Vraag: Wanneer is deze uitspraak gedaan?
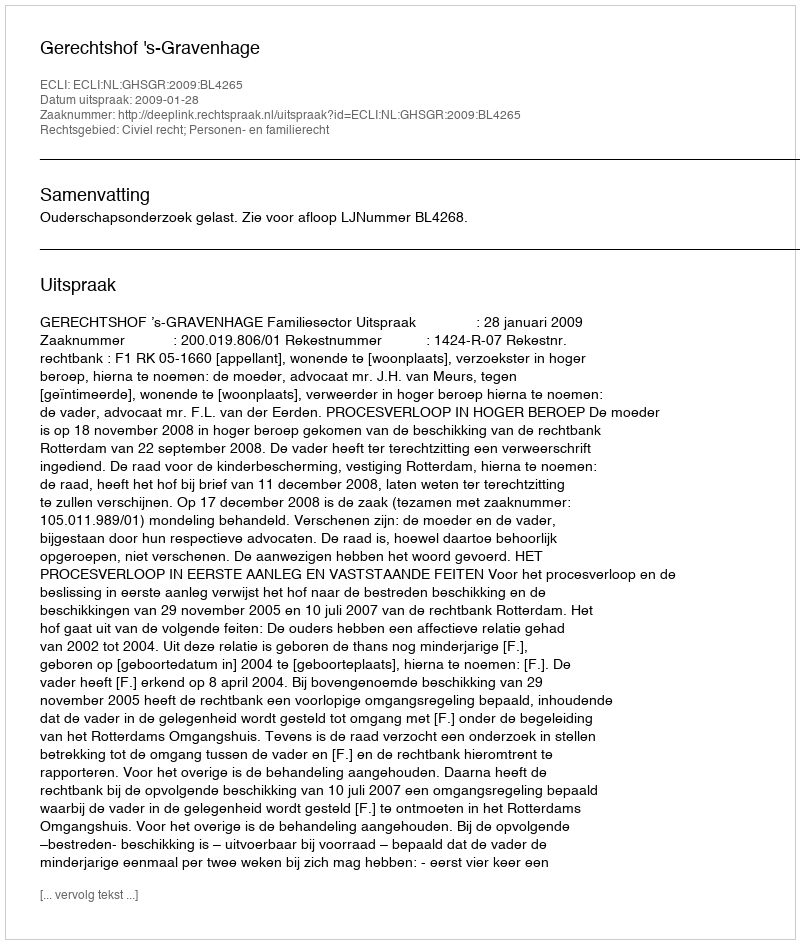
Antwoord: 2009-01-28